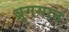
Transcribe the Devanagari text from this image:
ब्रुगमान